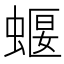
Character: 蝘